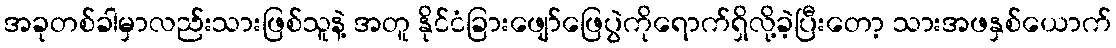
အခုတစ်ခါမှာလည်းသားဖြစ်သူနဲ့ အတူ နိုင်ငံခြားဖျော်ဖြေပွဲကိုရောက်ရှိလို့ခဲ့ပြီးတော့ သားအဖနှစ်ယောက်